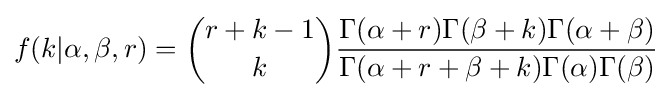
f(k|\alpha ,\beta ,r)={\binom {r+k-1}{k}}{\frac {\Gamma (\alpha +r)\Gamma (\beta +k)\Gamma (\alpha +\beta )}{\Gamma (\alpha +r+\beta +k)\Gamma (\alpha )\Gamma (\beta )}}